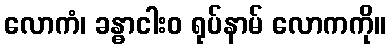
လောကံ၊ ခန္ဓာငါးဝ ရုပ်နာမ် လောကကို။